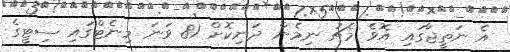
އެ ނަތީޖާގައި އޮވެ މެޗު ނިމެން ދަނިކޮށް 81 ވަނަ މިނެޓްގައި ސިޓީގެ